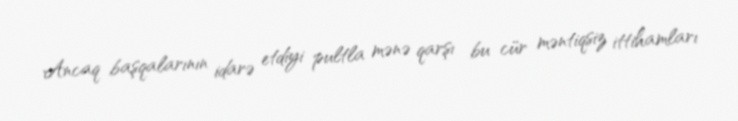
Ancaq başqalarının idarə etdiyi pultla mənə qarşı bu cür məntiqsiz ittihamları